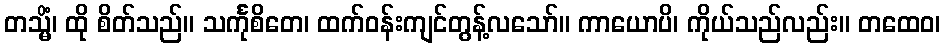
တသ္မိံ၊ ထို စိတ်သည်။ သင်္ကုစိတေ၊ ထက်ဝန်းကျင်တွန့်လသော်။ ကာယောပိ၊ ကိုယ်သည်လည်း။ တထေဝ၊